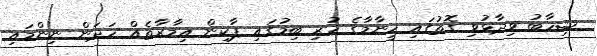
ޝިހާބު ވިދާޅުވި ގޮތުގައި ހީނާމާގެ ހުރި ބިމުގައި ޕާކިން އިމާރާތެއް ހަދަން ނިންމައި